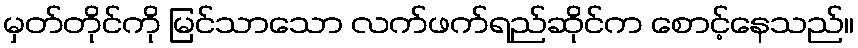
မှတ်တိုင်ကို မြင်သာသော လက်ဖက်ရည်ဆိုင်က စောင့်နေသည်။